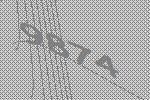
9874